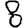
Digit: 8